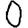
Digit: 0